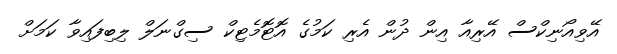
އޭވިއޯނިކްސް އޭރިއާ އިން ދުން އެރި ކަމުގެ އޮޓޮމެޓިކް ސިގްނަލް ލިބިފައިވާ ކަމަށް